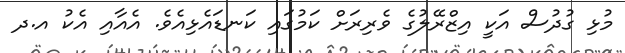
މުޅި ގުދުސް އަކީ އިޒްރޭލުގެ ވެރިރަށް ކަމުގައި ކަނޑައެޅިއެވެ. އެއާއި އެކު އ.ދ